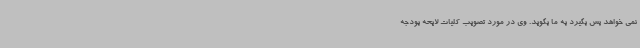
نمی خواهد پس بگیرد به ما بگوید. وی در مورد تصویب کلیات لایحه بودجه